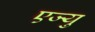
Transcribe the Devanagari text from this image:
एज्‍यु